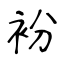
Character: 衯